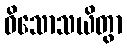
ဝိသောသယိတွာ